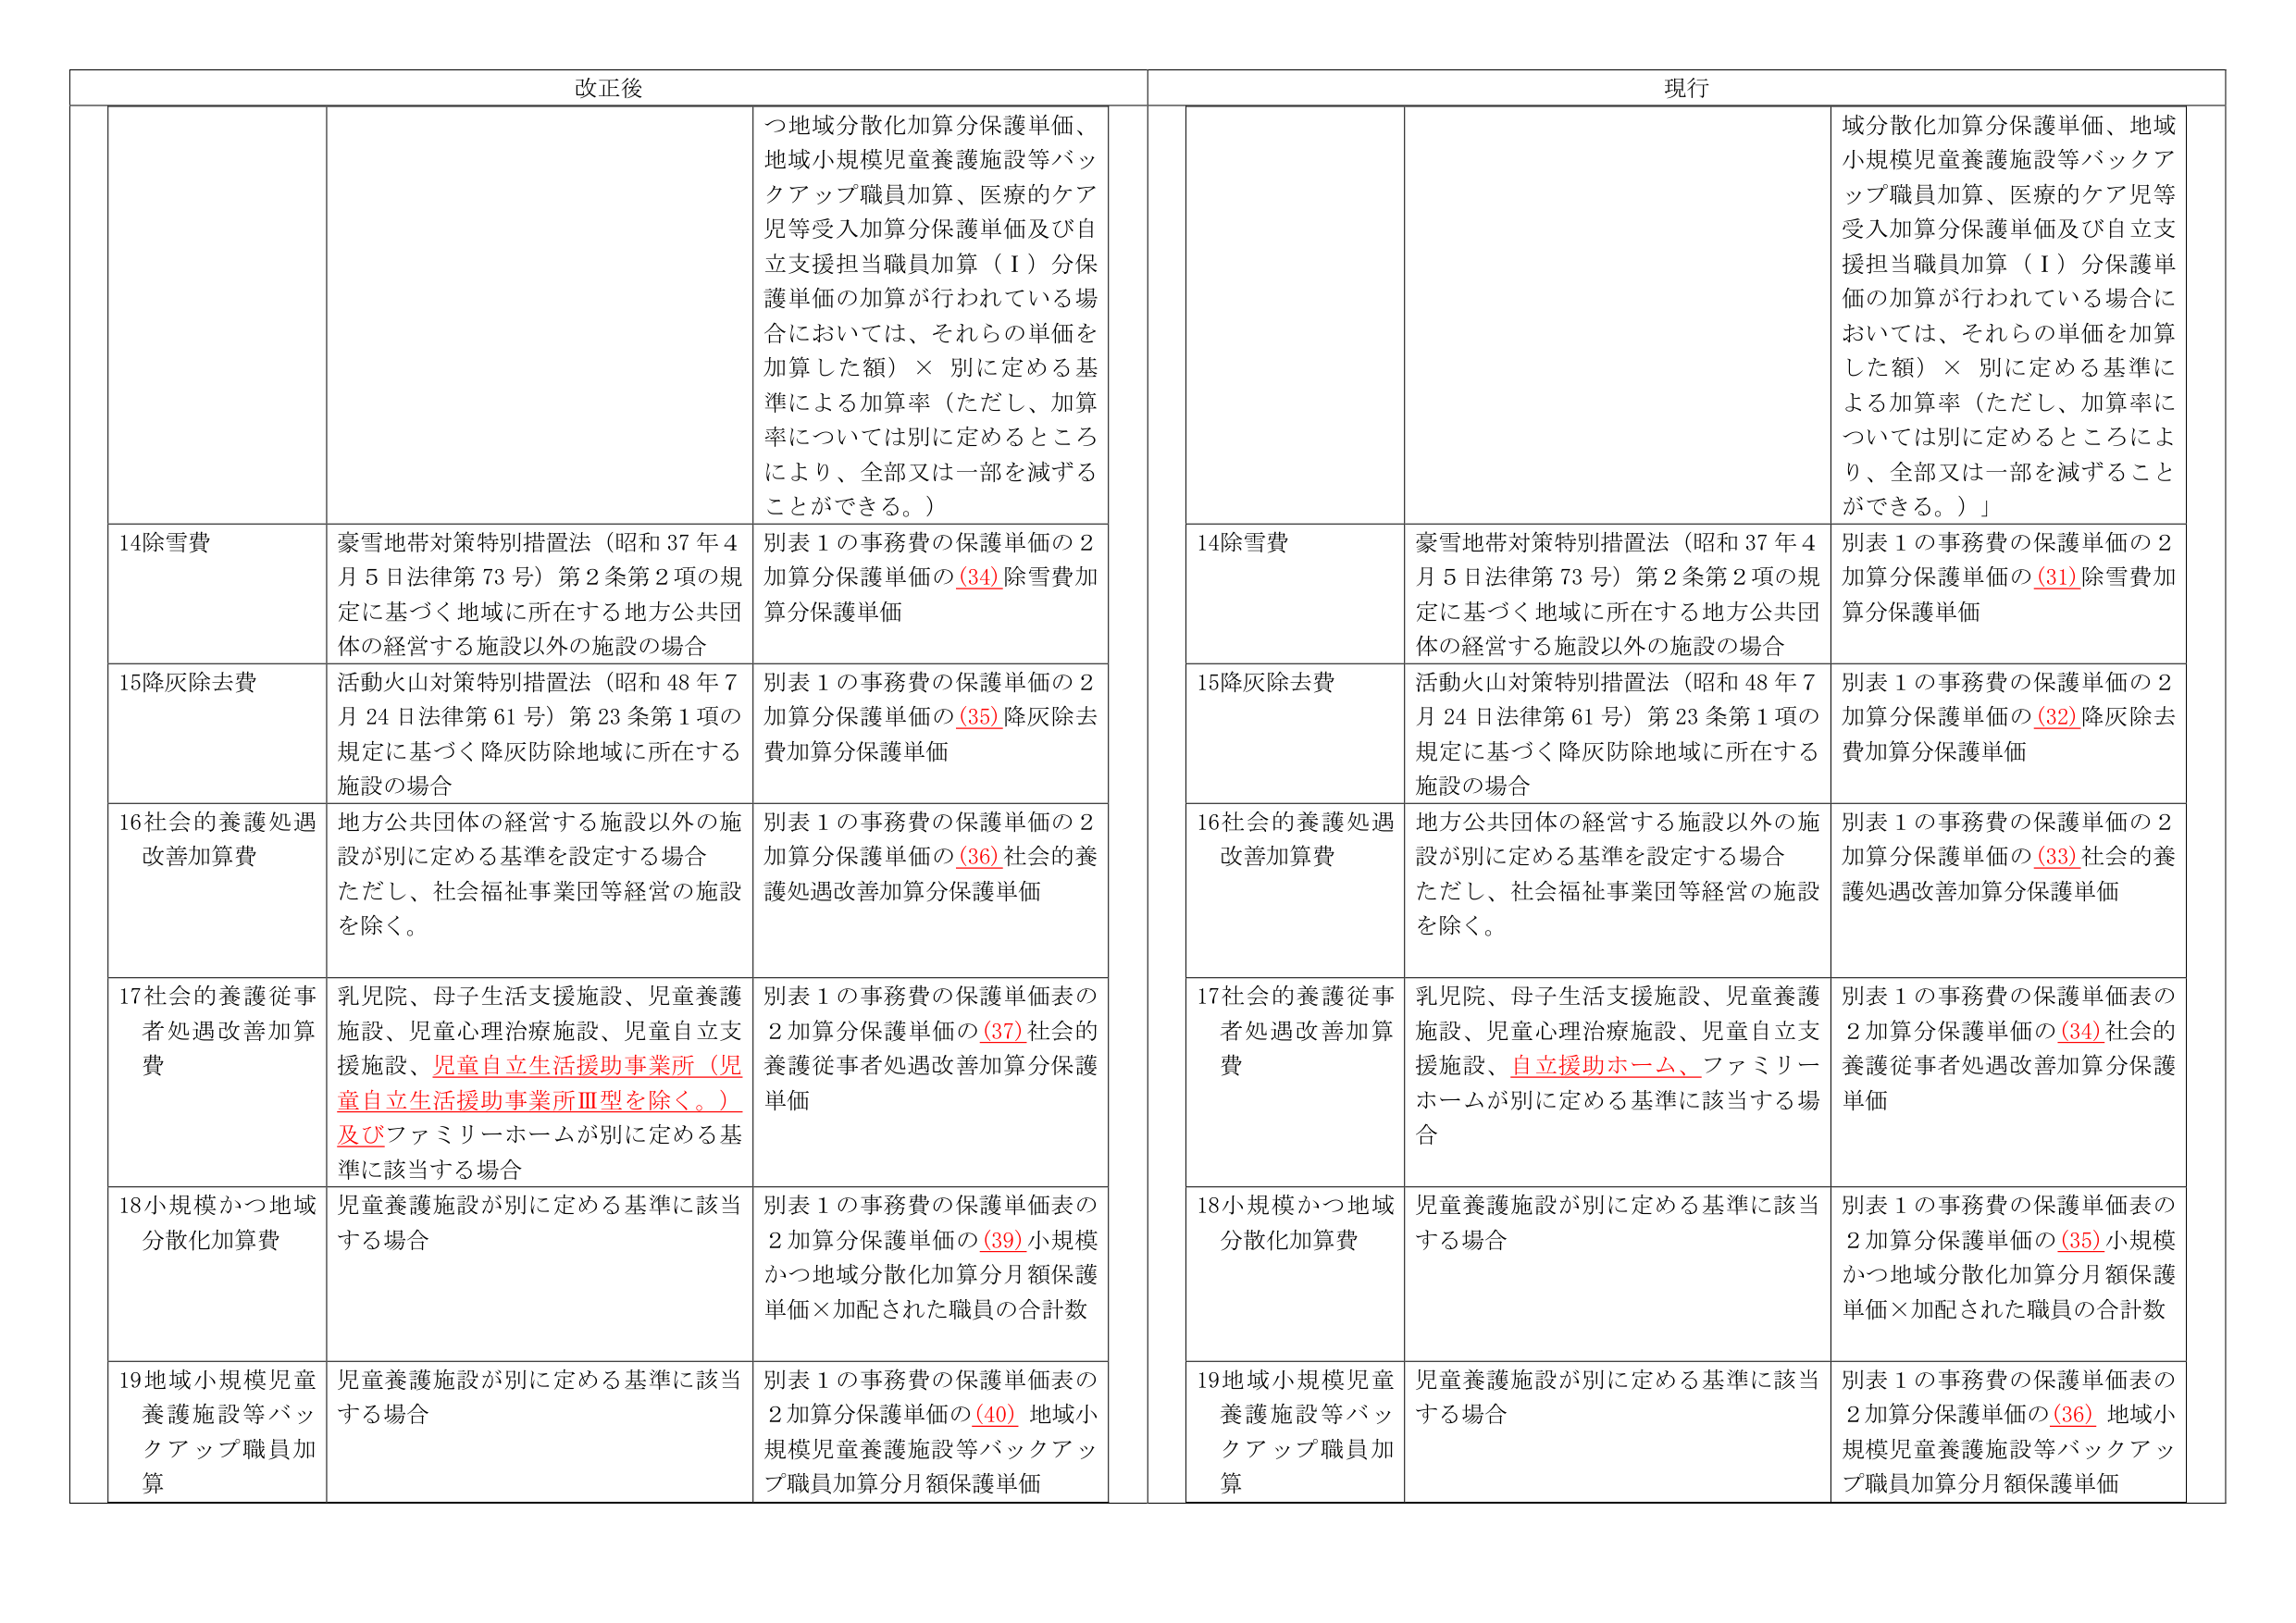
改正後

つ地域分散化加算分保護単価、
地域小規模児童養護施設等バックアップ職員加算、医療的ケア児等受入加算分保護単価及び自立支援担当職員加算（Ⅰ）分保護単価の加算が行われている場合においては、それらの単価を加算した額）× 別に定める基準による加算率（ただし、加算率については別に定めるところにより、全部又は一部を減ずることができる。）

14除雪費
豪雪地帯対策特別措置法（昭和37年4月5日法律第73号）第2条第2項の規定に基づく地域に所在する地方公共団体の経営する施設以外の施設の場合
別表1の事務費の保護単価の2加算分保護単価の(34)除雪費加算分保護単価

15降灰除去費
活動火山対策特別措置法（昭和48年7月24日法律第61号）第23条第1項の規定に基づく降灰防除地域に所在する施設の場合
別表1の事務費の保護単価の2加算分保護単価の(35)降灰除去費加算分保護単価

16社会的養護処遇改善加算費
地方公共団体の経営する施設以外の施設が別に定める基準を設定する場合
ただし、社会福祉事業団等経営の施設を除く。
別表1の事務費の保護単価の2加算分保護単価の(36)社会的養護処遇改善加算分保護単価

17社会的養護従事者処遇改善加算費
乳児院、母子生活支援施設、児童養護施設、児童心理治療施設、児童自立支援施設、児童自立生活援助事業所（児童自立生活援助事業所Ⅲ型を除く。）及びファミリーホームが別に定める基準に該当する場合
別表1の事務費の保護単価表の2加算分保護単価の(37)社会的養護従事者処遇改善加算分保護単価

18小規模かつ地域分散化加算費
児童養護施設が別に定める基準に該当する場合
別表1の事務費の保護単価表の2加算分保護単価の(39)小規模かつ地域分散化加算分月額保護単価×加配された職員の合計数

19地域小規模児童養護施設等バックアップ職員加算
児童養護施設が別に定める基準に該当する場合
別表1の事務費の保護単価表の2加算分保護単価の(40)地域小規模児童養護施設等バックアップ職員加算分月額保護単価

現行

域分散化加算分保護単価、地域小規模児童養護施設等バックアップ職員加算、医療的ケア児等受入加算分保護単価及び自立支援担当職員加算（Ⅰ）分保護単価の加算が行われている場合においては、それらの単価を加算した額）× 別に定める基準による加算率（ただし、加算率については別に定めるところにより、全部又は一部を減ずることができる。）」

14除雪費
豪雪地帯対策特別措置法（昭和37年4月5日法律第73号）第2条第2項の規定に基づく地域に所在する地方公共団体の経営する施設以外の施設の場合
別表1の事務費の保護単価の2加算分保護単価の(31)除雪費加算分保護単価

15降灰除去費
活動火山対策特別措置法（昭和48年7月24日法律第61号）第23条第1項の規定に基づく降灰防除地域に所在する施設の場合
別表1の事務費の保護単価の2加算分保護単価の(32)降灰除去費加算分保護単価

16社会的養護処遇改善加算費
地方公共団体の経営する施設以外の施設が別に定める基準を設定する場合
ただし、社会福祉事業団等経営の施設を除く。
別表1の事務費の保護単価の2加算分保護単価の(33)社会的養護処遇改善加算分保護単価

17社会的養護従事者処遇改善加算費
乳児院、母子生活支援施設、児童養護施設、児童心理治療施設、児童自立支援施設、自立援助ホーム、ファミリーホームが別に定める基準に該当する場合
別表1の事務費の保護単価表の2加算分保護単価の(34)社会的養護従事者処遇改善加算分保護単価

18小規模かつ地域分散化加算費
児童養護施設が別に定める基準に該当する場合
別表1の事務費の保護単価表の2加算分保護単価の(35)小規模かつ地域分散化加算分月額保護単価×加配された職員の合計数

19地域小規模児童養護施設等バックアップ職員加算
児童養護施設が別に定める基準に該当する場合
別表1の事務費の保護単価表の2加算分保護単価の(36)地域小規模児童養護施設等バックアップ職員加算分月額保護単価